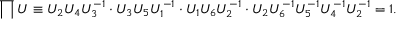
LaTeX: \prod U \equiv U _ { 2 } U _ { 4 } U _ { 3 } ^ { - 1 } \cdot U _ { 3 } U _ { 5 } U _ { 1 } ^ { - 1 } \cdot U _ { 1 } U _ { 6 } U _ { 2 } ^ { - 1 } \cdot U _ { 2 } U _ { 6 } ^ { - 1 } U _ { 5 } ^ { - 1 } U _ { 4 } ^ { - 1 } U _ { 2 } ^ { - 1 } = 1 .